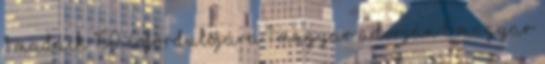
1 Madách 150. évfordulójára 1 Magyar Adorján 6 Magyar